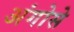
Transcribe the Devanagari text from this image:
अंगोसे